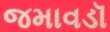
જમાવડૉ